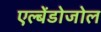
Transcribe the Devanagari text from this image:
एल्बेंडोजोल